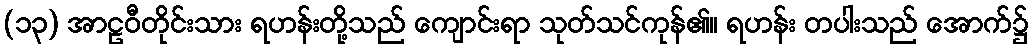
(၁၃) အာဠဝီတိုင်းသား ရဟန်းတို့သည် ကျောင်းရာ သုတ်သင်ကုန်၏။ ရဟန်း တပါးသည် အောက်၌